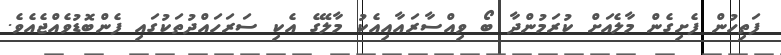
ފަތިހުން ފެށިގެން މާލެއަށް ކުރަމުންދާ ބޯ ވިއްސާރައާއިއެކު މާލޭގެ އެކި ސަރަހައްދުތަކުގައި ފެންބޮޑުވެއްޖެއެވެ.